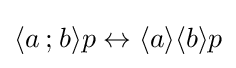
\langle a\mathbin {;} b\rangle p\leftrightarrow \langle a\rangle \langle b\rangle p\,\!